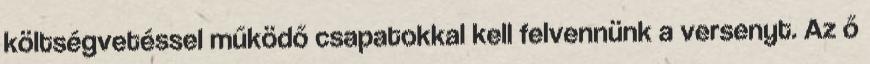
költségvetéssel működő csapatokkal kell felvennünk a versenyt. Az ő